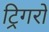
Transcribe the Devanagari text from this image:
ट्रिगरों